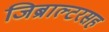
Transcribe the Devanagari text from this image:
जिब्राल्टरसह